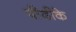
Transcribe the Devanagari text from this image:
पीढीके